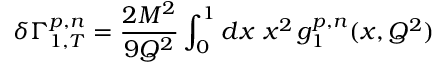
\delta \Gamma _ { 1 , T } ^ { p , n } = { \frac { 2 M ^ { 2 } } { 9 Q ^ { 2 } } } \int _ { 0 } ^ { 1 } d x ~ x ^ { 2 } \, g _ { 1 } ^ { p , n } ( x , Q ^ { 2 } )